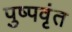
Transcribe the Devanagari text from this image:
पुष्पवृंत